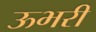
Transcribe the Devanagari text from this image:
ऊभरी